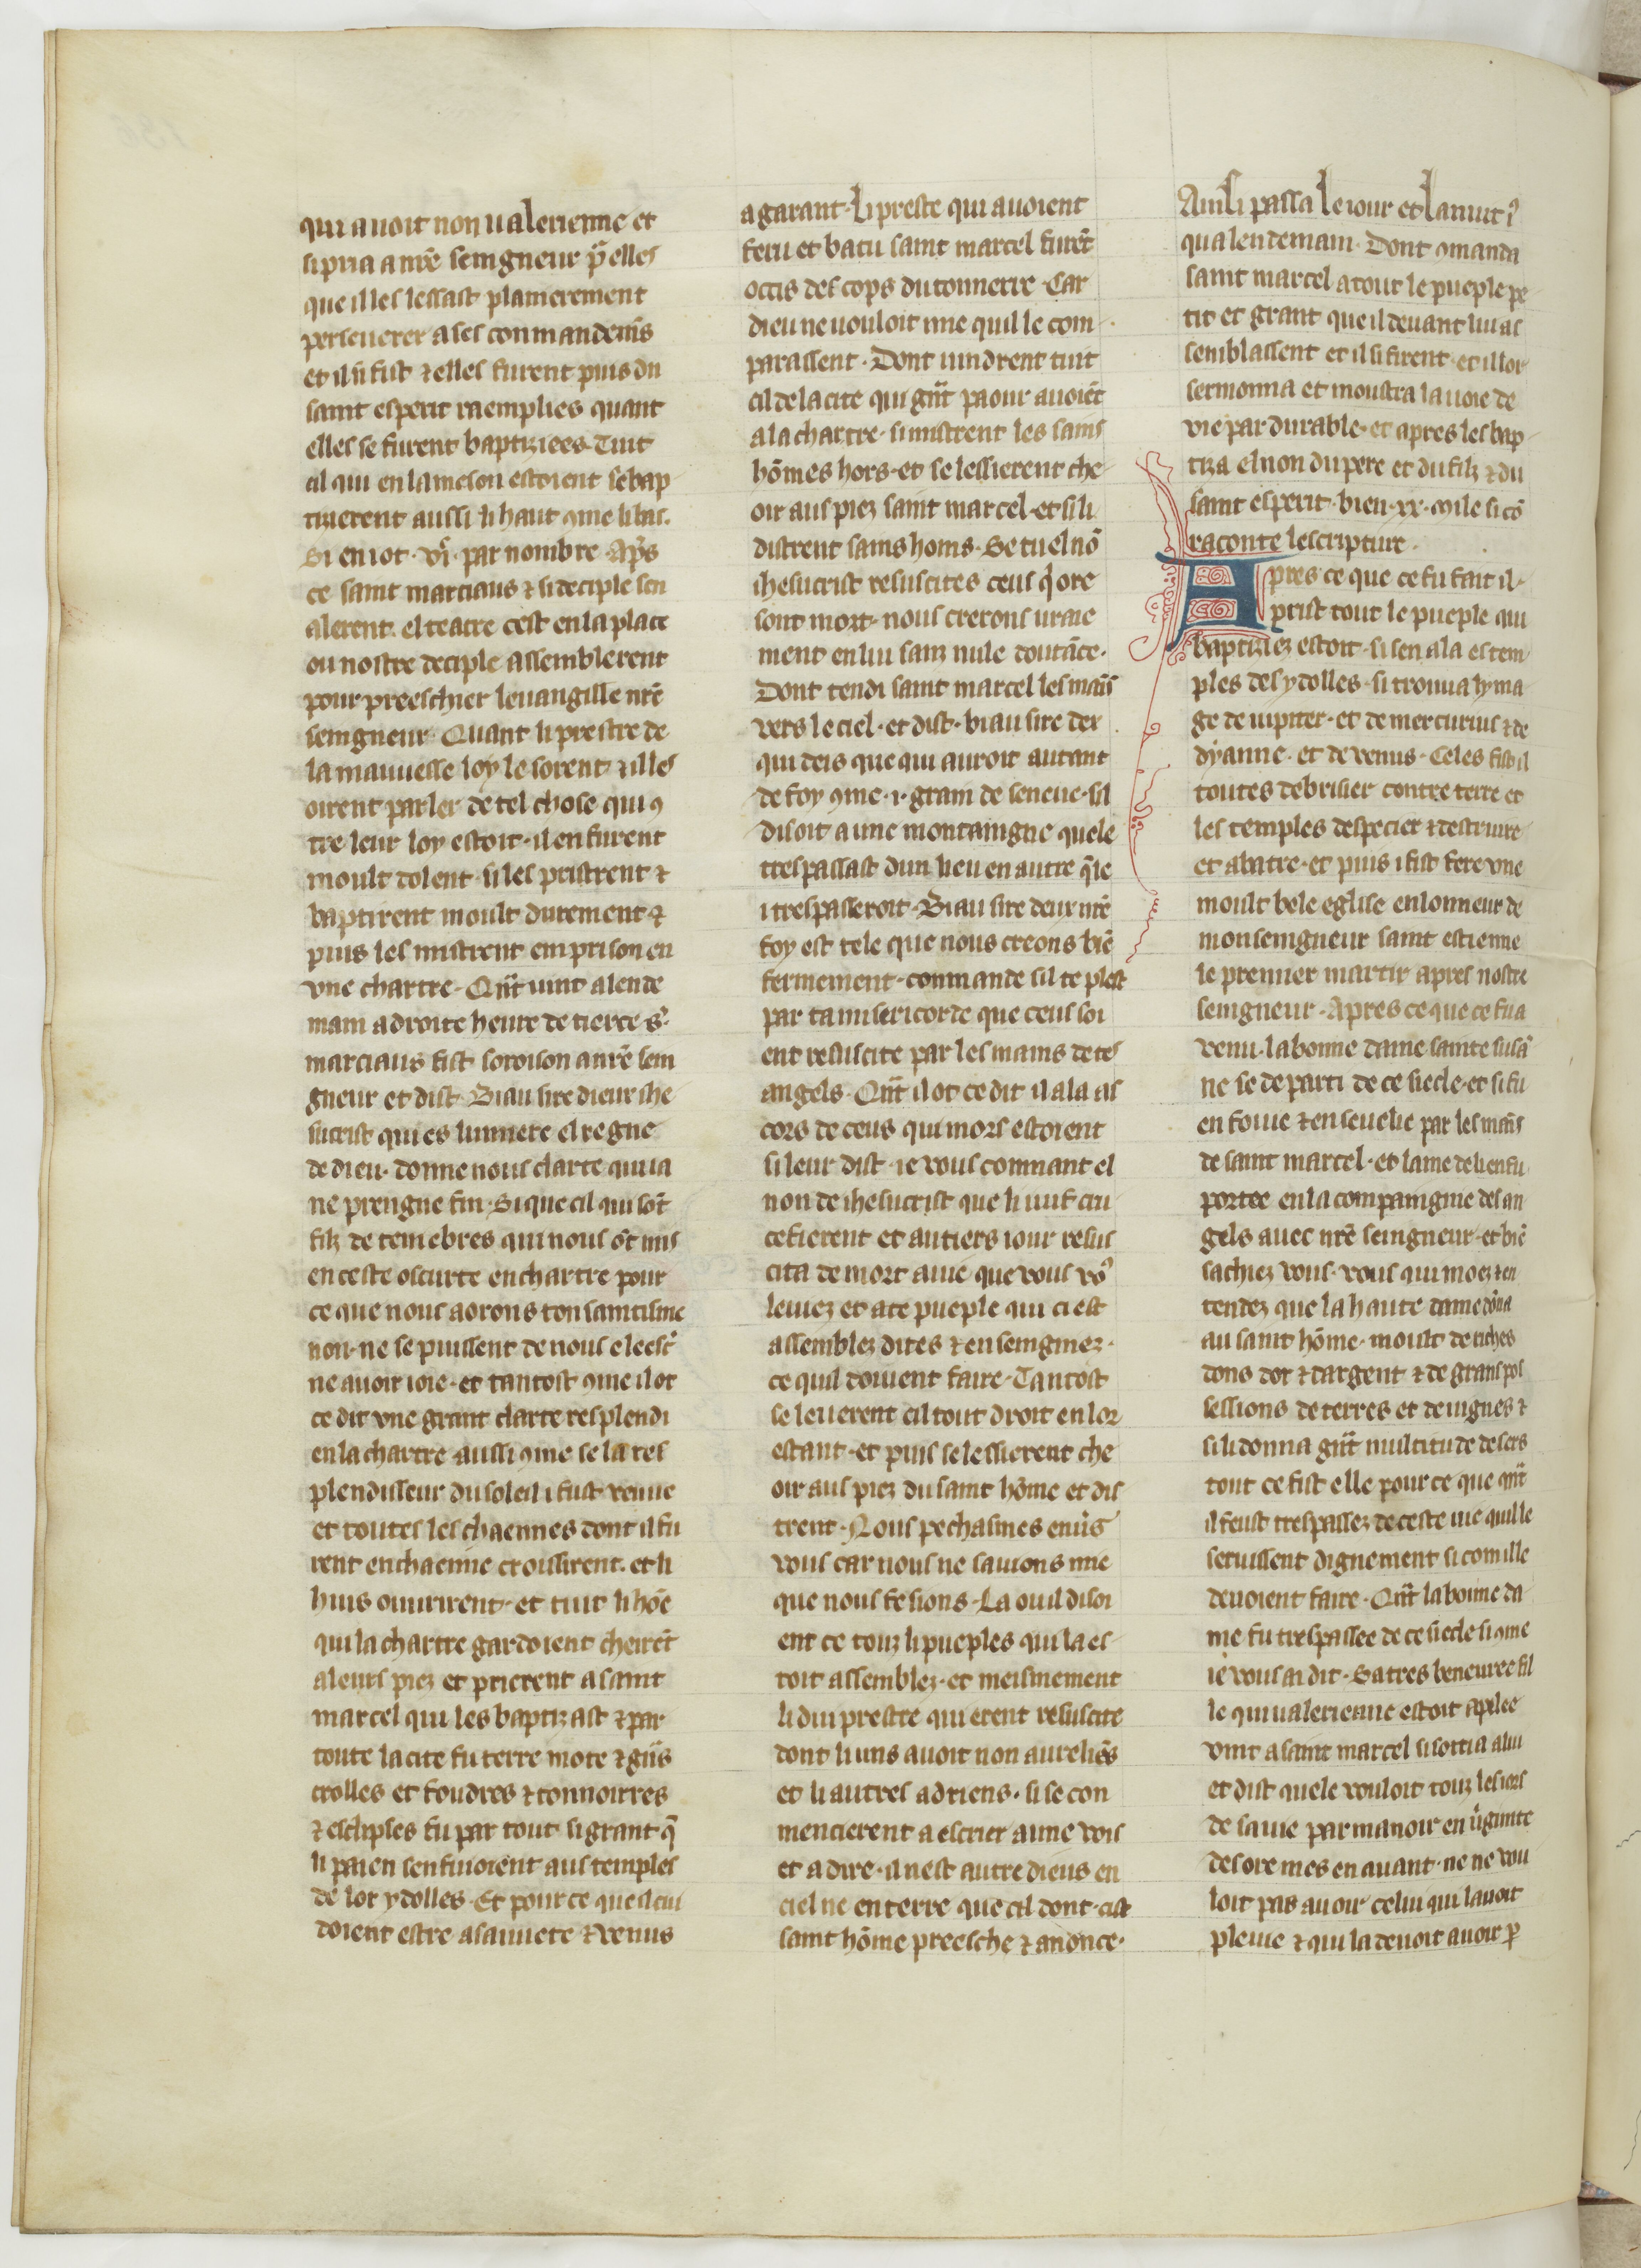
Shelfmark: Paris, BnF, fr. 185
Century: 15